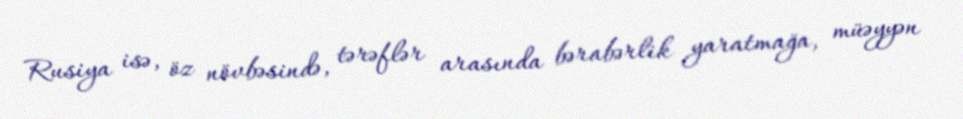
Rusiya isə, öz növbəsində, tərəflər arasında bərabərlik yaratmağa, müəyyən